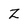
Character: Z